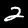
Label: 2